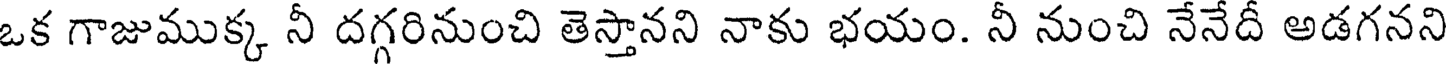
ఒక గాజుముక్క నీ దగ్గరినుంచి తెస్తానని నాకు భయం. నీ నుంచి నేనేదీ అడగనని